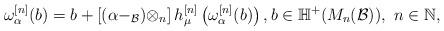
LaTeX: \begin{align*}\omega_\alpha^{[n]}(b)=b+\left[(\alpha-_\mathcal B)\otimes_n\right]h_{\mu}^{[n]}\left(\omega_\alpha^{[n]}(b)\right),b\in\mathbb H^+(M_n(\mathcal B)),\ n\in\mathbb N,\end{align*}